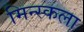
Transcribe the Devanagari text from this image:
मिन्स्कला